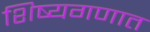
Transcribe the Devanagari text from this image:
शिष्यगणात